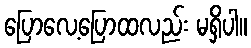
ပြောလေ့ပြောထလည်း မရှိပါ။